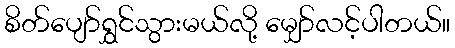
စိတ်ပျော်ရွှင်သွားမယ်လို့ မျှော်လင့်ပါတယ်။